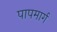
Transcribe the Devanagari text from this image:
पापमार्ग